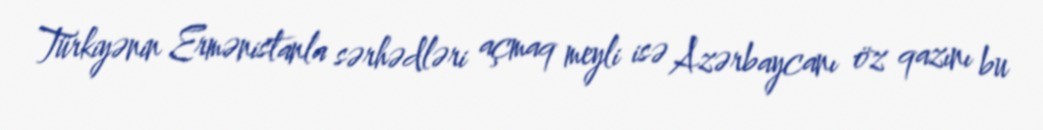
Türkiyənin Ermənistanla sərhədləri açmaq meyli isə Azərbaycanı öz qazını bu